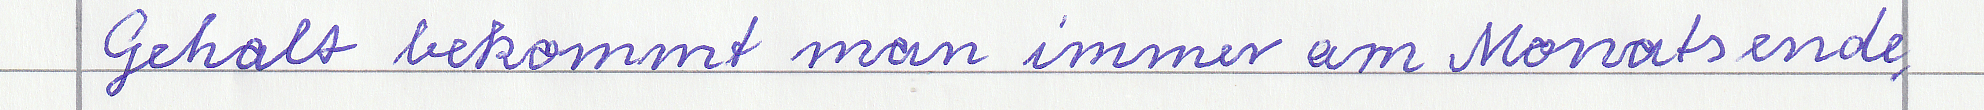
Gehalt bekommt man immer am Monatsende.